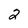
Character: 2